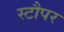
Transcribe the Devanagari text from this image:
स्टौपर